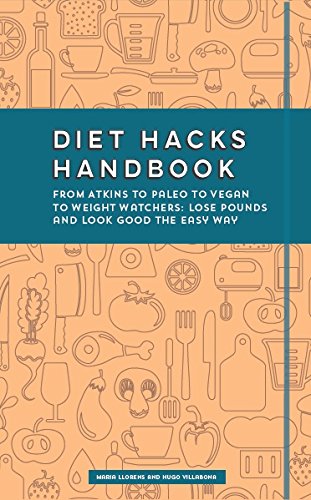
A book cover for Diet Hacks Handbook: From Atkins to Paleo to Vegan to Weight Watchers - Lose Pounds and Look Good the Easy Way; Hugo Villabona; Health, Fitness & Dieting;